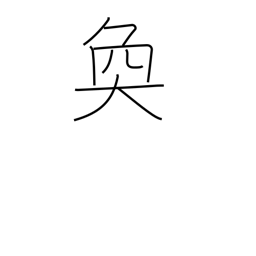
Meaning: bright